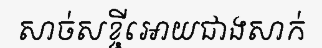
សាច់សខ្ចីអោយជាងសាក់